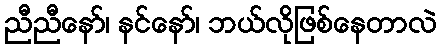
ညီညီနော်၊ နင်နော်၊ ဘယ်လိုဖြစ်နေတာလဲ